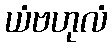
ယံဗဟုလံ